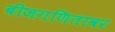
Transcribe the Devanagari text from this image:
बीजगणितावर